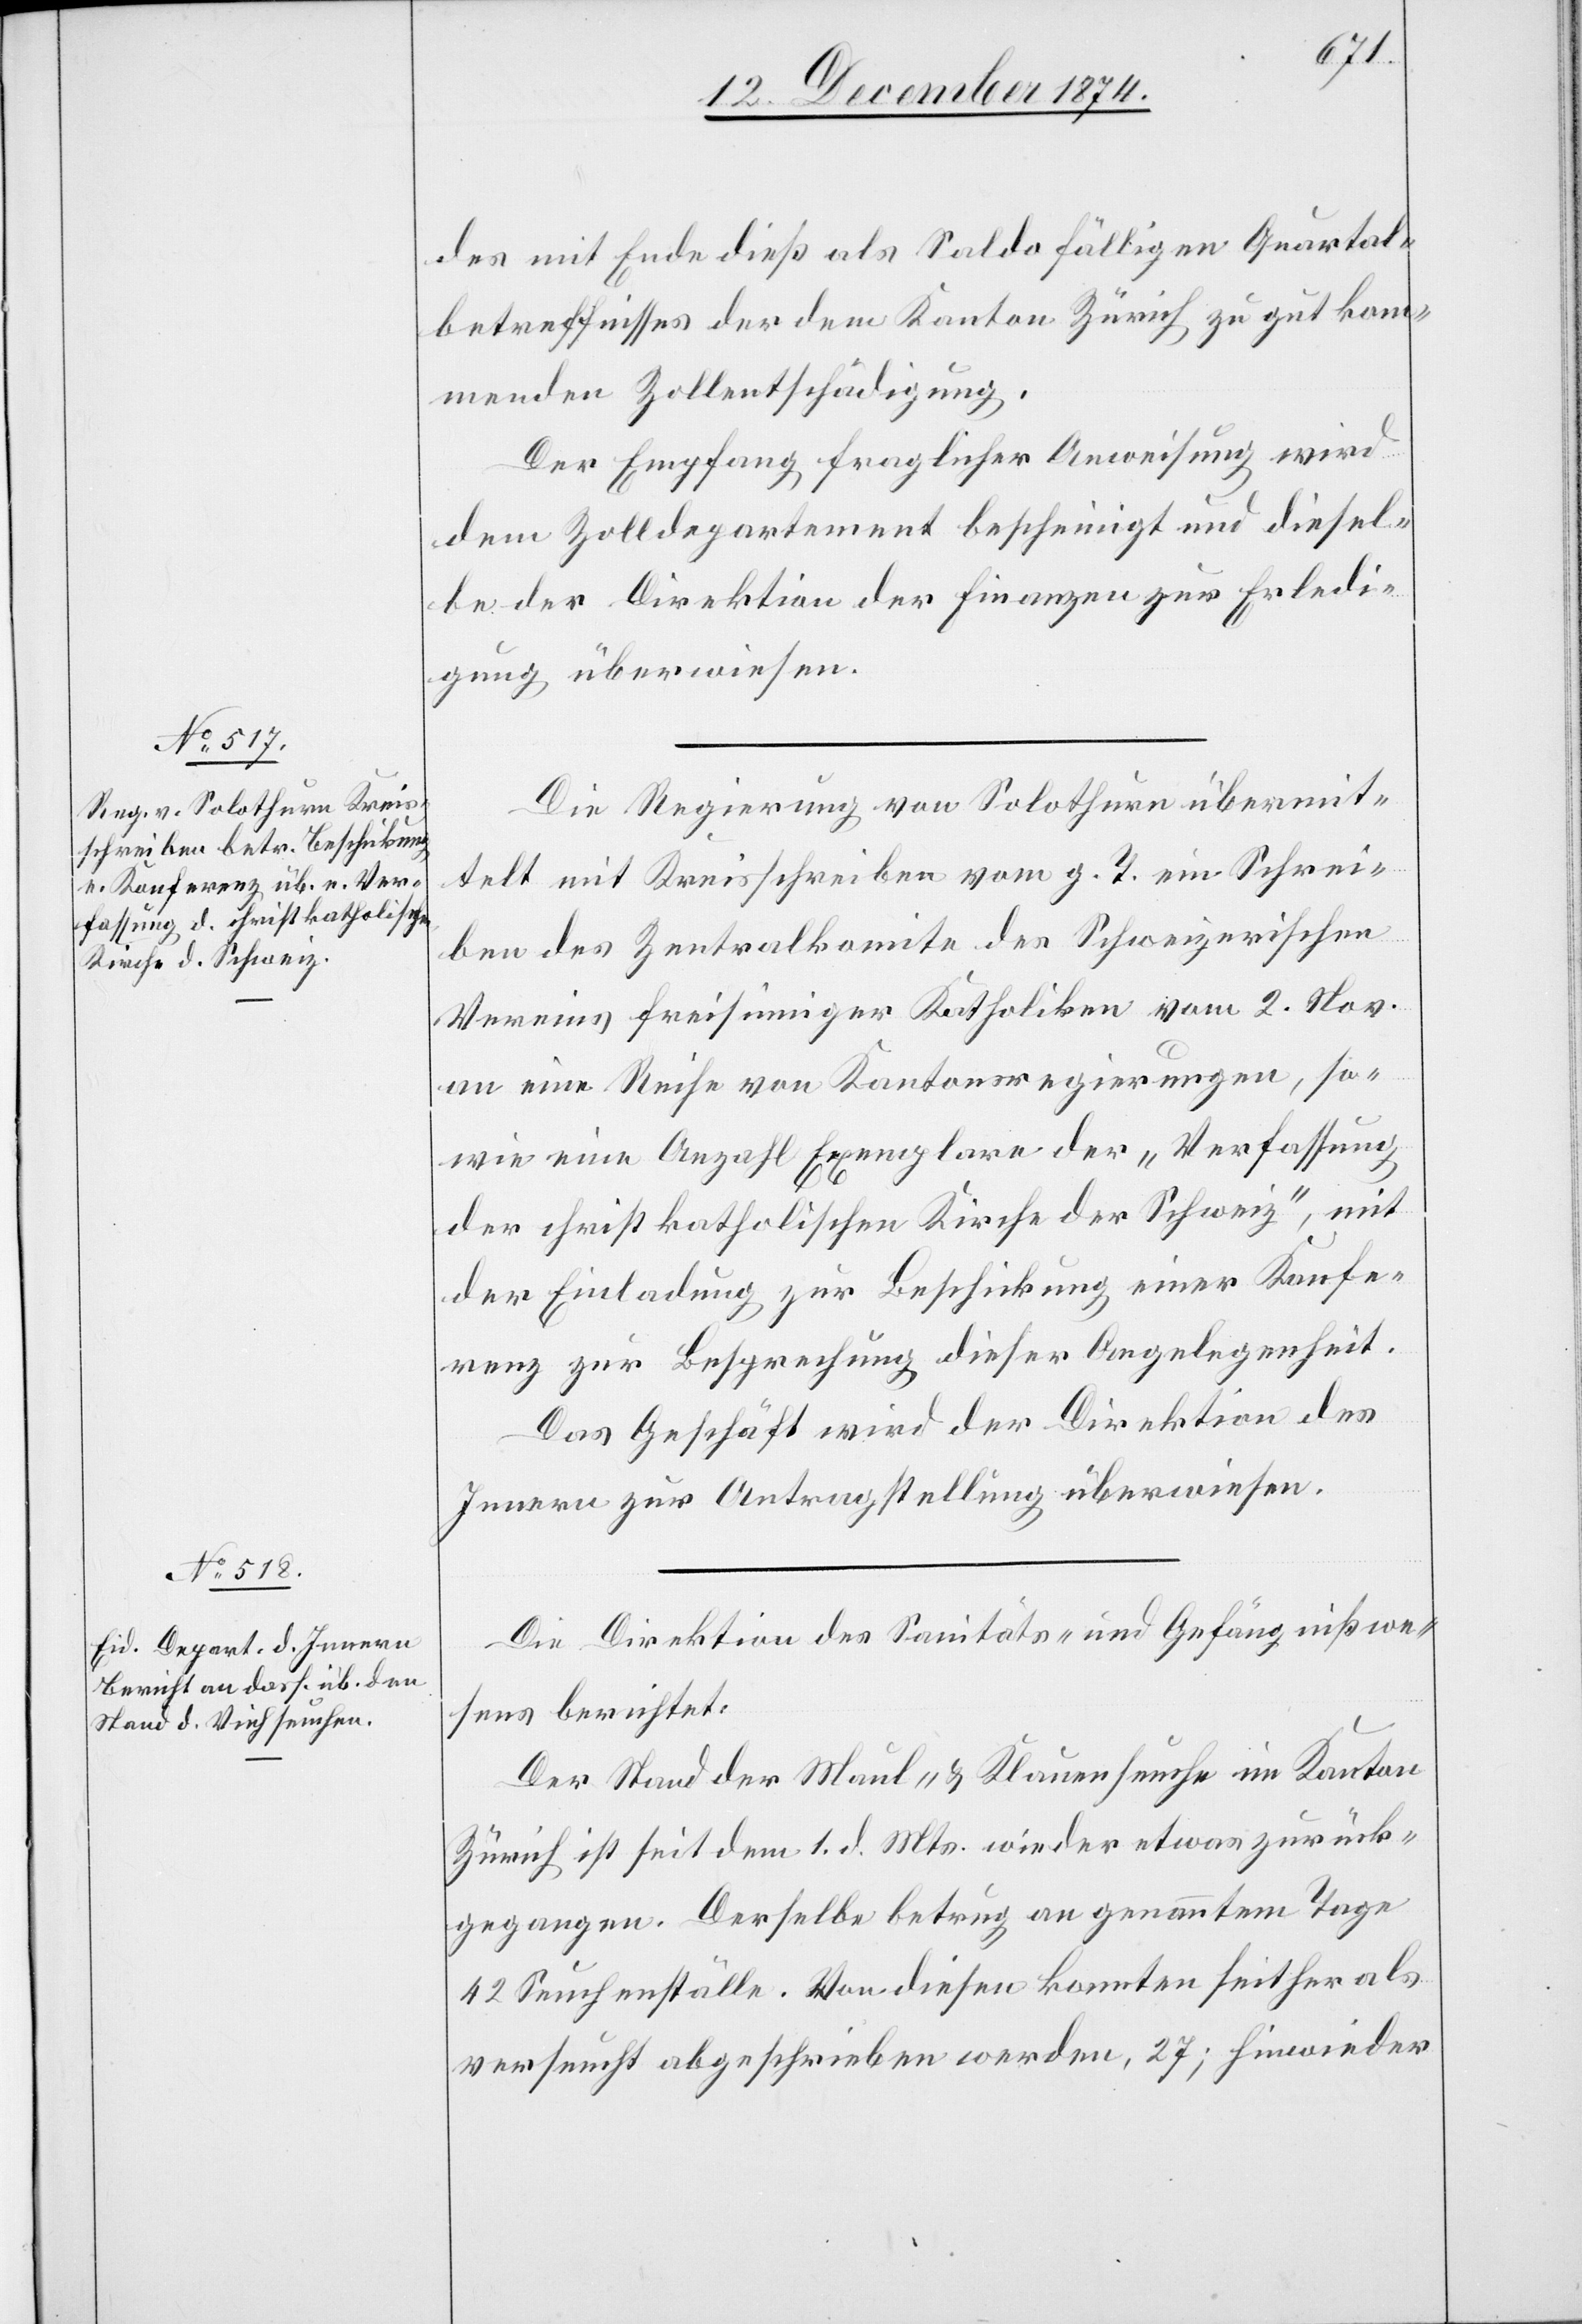
15. Dezember 1874.]
des mit Ende dieß als Saldo fälligen Quartal¬
betreffnisses der dem Kanton Zürich zu gut kom¬
menden Zollentschädigung.
Der Empfang fraglicher Anweisung wird
dem Zolldepartement bescheinigt und diesel¬
be der Direktion der Finanzen zur Erledi¬
gung überwiesen.
Die Regierung von Solothurn übermit¬
telt mit Kreisschreiben vom g. T. ein Schrei¬
ben des Zentralkomite des Schweizerischen
Vereins freisinniger Katholiken vom 2. Nov.
an eine Reihe von Kantonsregierungen, so¬
wie eine Anzahl Exemplare der „Verfassung
der christkatholischen Kirche der Schweiz“, mit
der Einladung zur Beschickung einer Konfe¬
renz zur Besprechung dieser Angelegenheit.
Das Geschäft wird der Direktion des
Innern zur Antragstellung überwiesen.
Die Direktion des Sanitäts- und Gefängnißwe¬
sens berichtet:
Der Stand der Maul- & Klauenseuche im Kanton
Zürich ist seit dem 1. d. Mts. wieder etwas zurück¬
gegangen. Derselbe betrug an genanntem Tage
42 Seuchenställe. Von diesen konnten seither als
verseucht abgeschrieben werden, 27; hinwieder